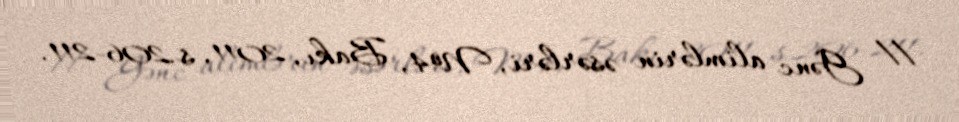
// Gənc alimlərin əsərləri, №4, Bakı, 2011, s.206-211.